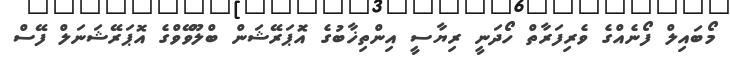
މޯބައިލް ފޯނެއްގެ ވެރިފަރާތް ހޯދަނީ ރިޔާސީ އިންތިޚާބުގެ އޮަޕަރޭޝަން ބްލޫވޭވްގެ އޮޕަރޭޝަނަލް ފޭސް